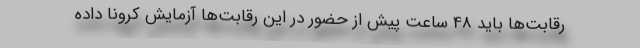
رقابت‌ها باید 48 ساعت پیش از حضور در این رقابت‌ها آزمایش کرونا داده